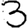
Digit: 3